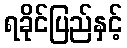
ရခိုင်ပြည်နှင့်